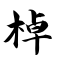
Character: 棹